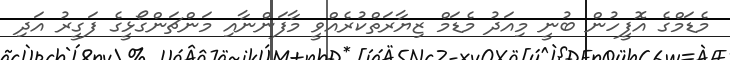
މެޑަމްގެ އޮފީހުން ބުނީ މިއަދު މެޑަމް ޒިޔާރަތްކުރެއްވީ މާފަންނާއި މަންޗަންގޯޅީގެ ފަގީރު އަދި